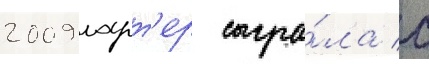
2009 ларт'ер сыгра́ла с